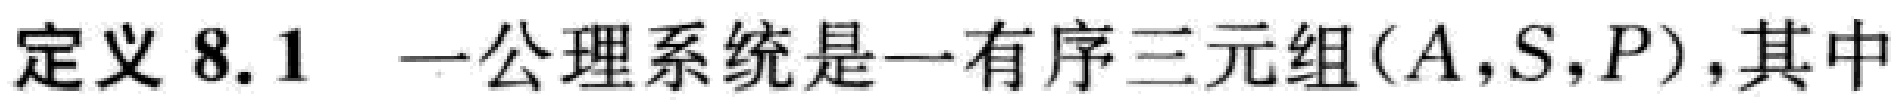
定义 8.1 一公理系统是一有序三元组$(A,S,P)$,其中